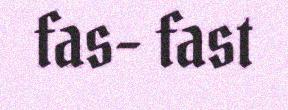
fas- fast